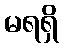
မရရှိ